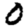
Digit: 0